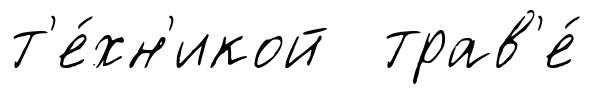
т'е́хн'икой трав'е́